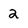
Character: 2